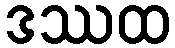
ဒဿထ